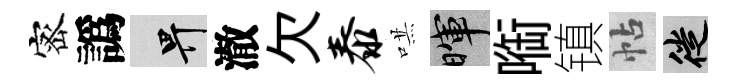
宻譌畀澈欠泰哄暉㗸镇帖徙